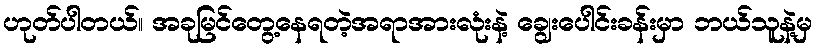
ဟုတ်ပါတယ်၊၊ အခုမြင်တွေ့နေရတဲ့အရာအားလုံးနဲ့ ချွေးပေါင်းခန်းမှာ ဘယ်သူနဲ့မှ